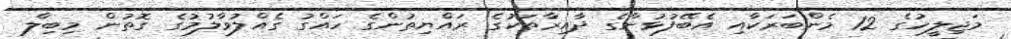
މަޖިލީހުގެ 12 މެންބަރަކާއި އެބޭފުޅުންގެ ދާއިރާތަކުގެ ރައްޔިތުންގެ ހައްގު ގެއްލުވާލުމުގެ ގޮތުން މިބިލް